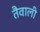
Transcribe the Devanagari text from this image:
तैवाली